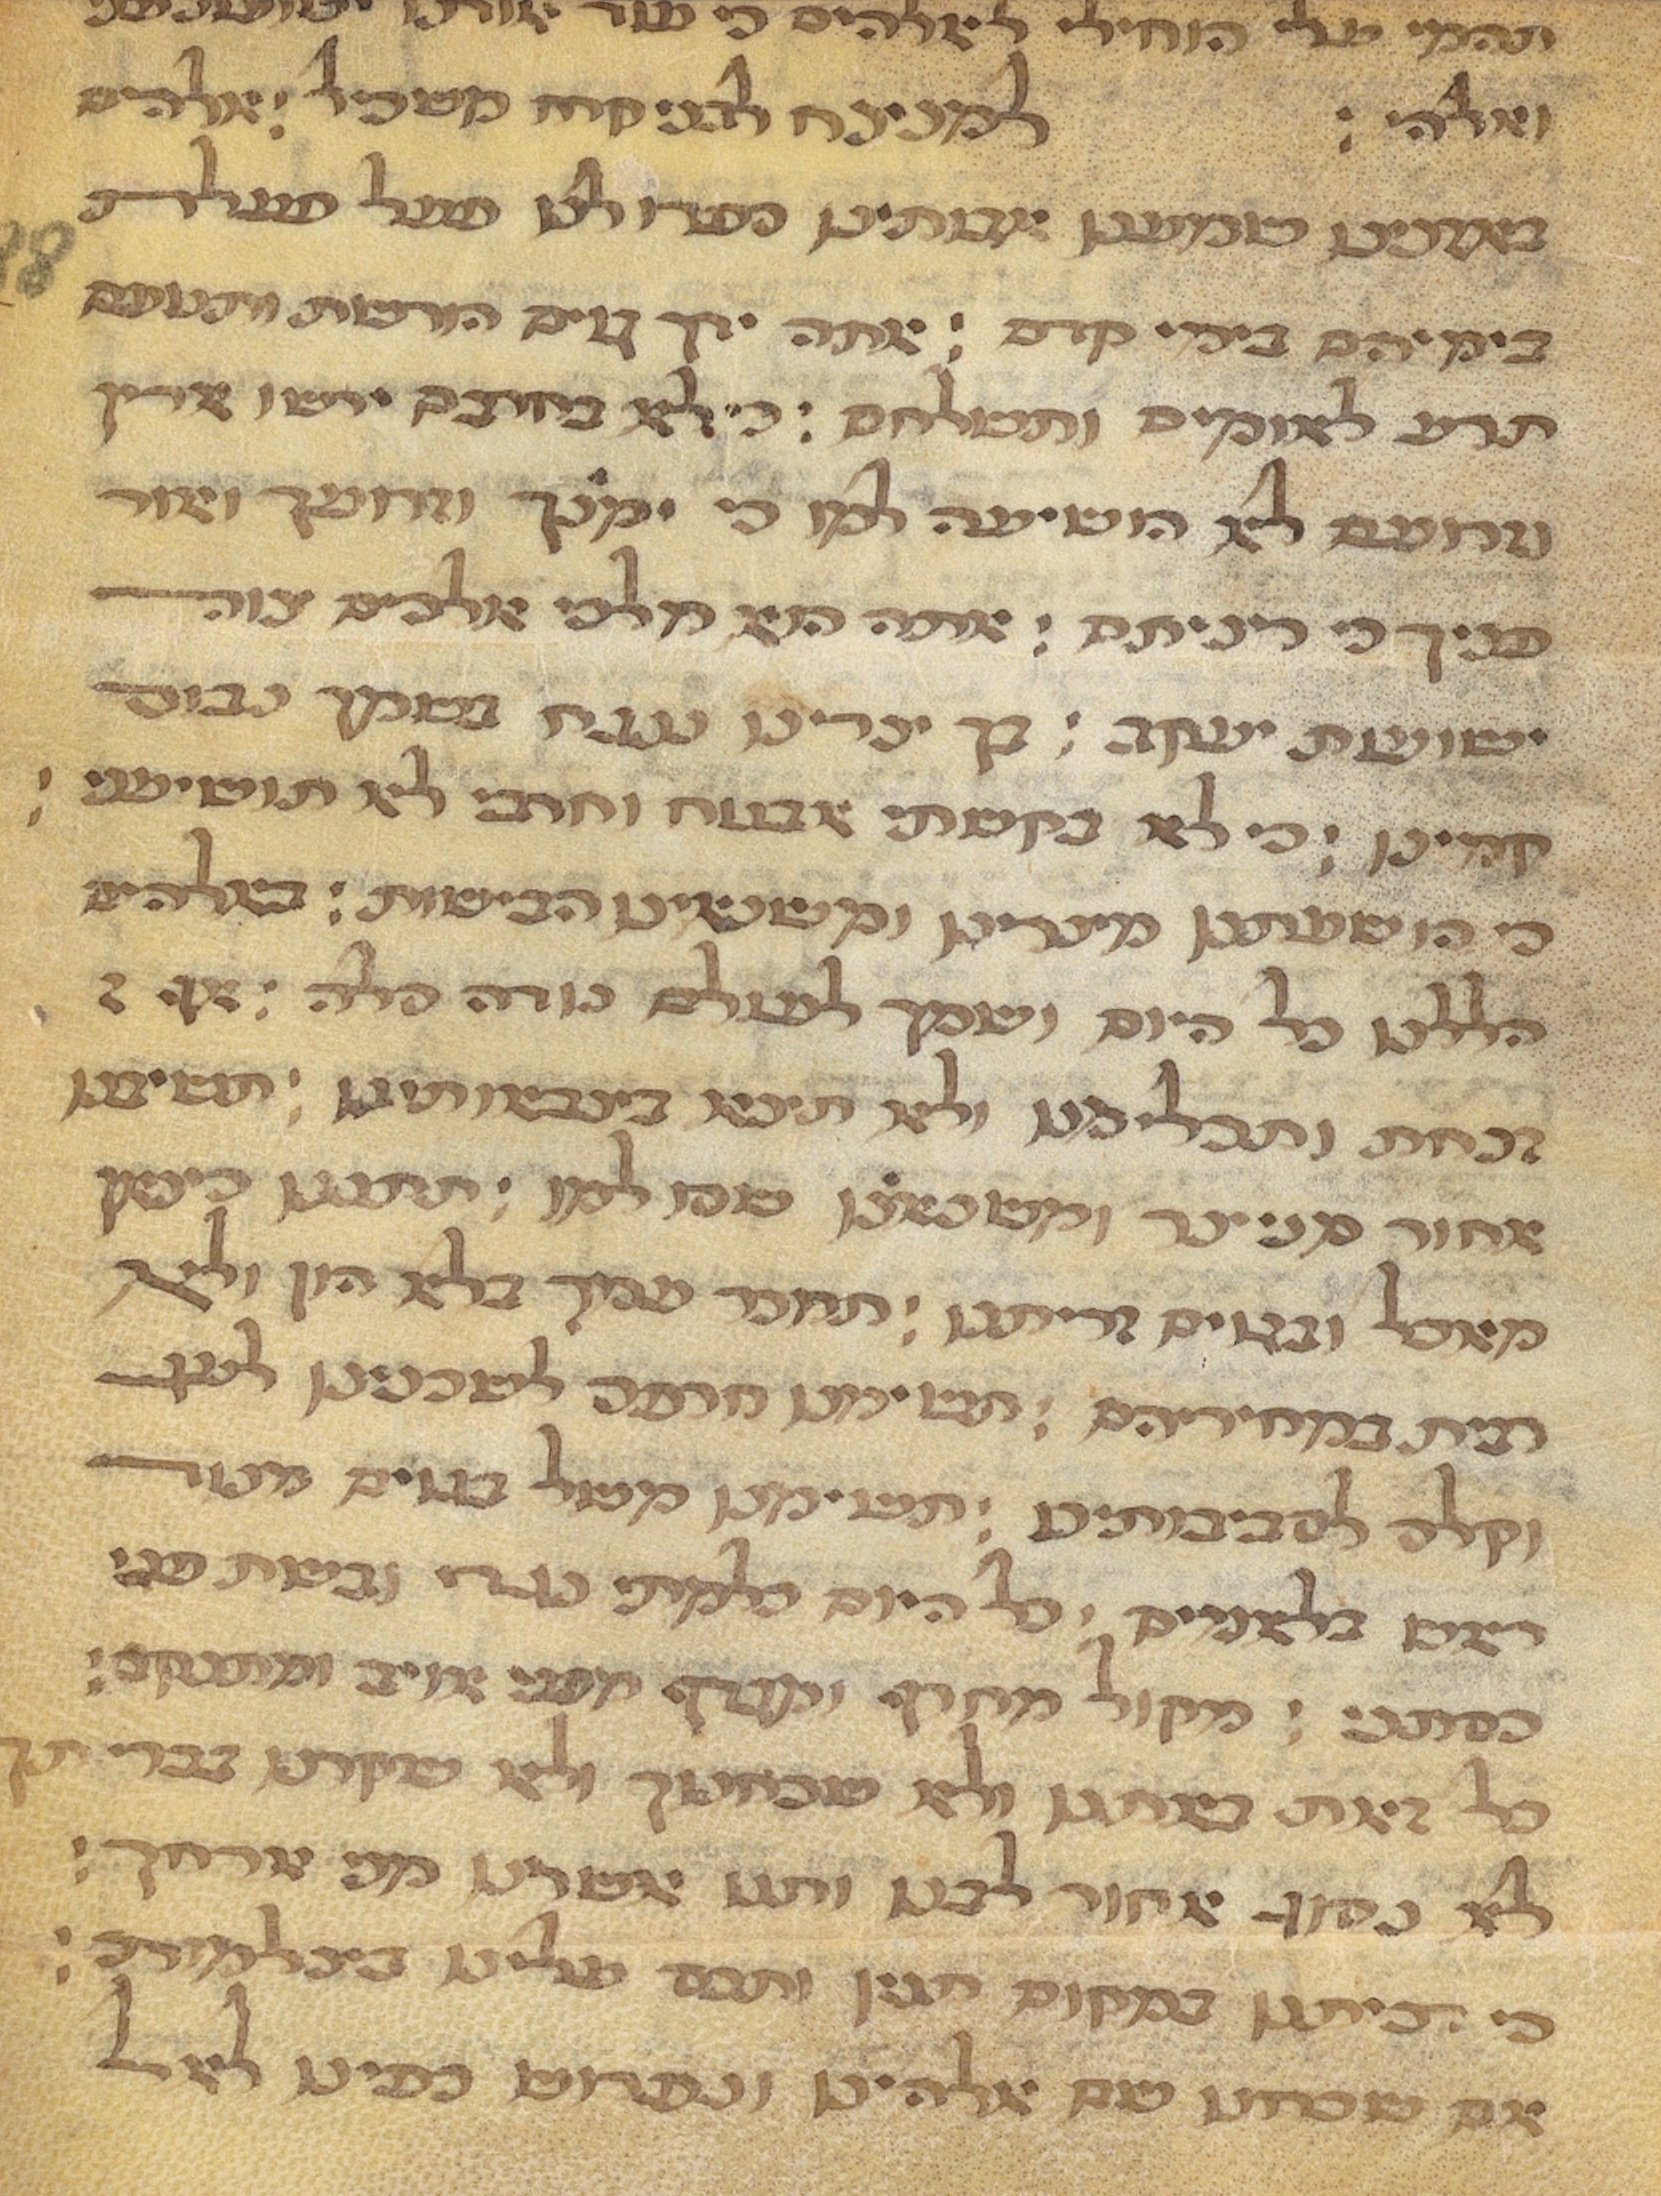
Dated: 1450–1499